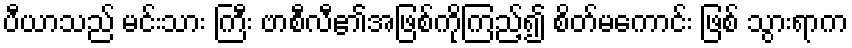
ပီယာသည် မင်းသား ကြီး ဗာစီလီ၏အဖြစ်ကိုကြည့်၍ စိတ်မကောင်း ဖြစ် သွားရာက